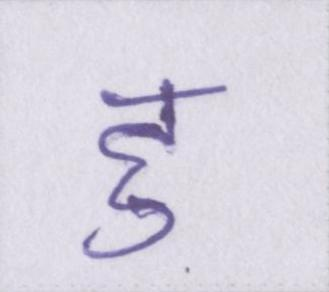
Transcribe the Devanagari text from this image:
हु